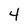
Character: 4